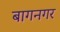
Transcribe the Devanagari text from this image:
बागनगर